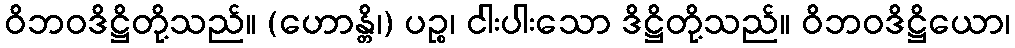
ဝိဘဝဒိဋ္ဌိတို့သည်။ (ဟောန္တိ၊) ပဉ္စ၊ ငါးပါးသော ဒိဋ္ဌိတို့သည်။ ဝိဘဝဒိဋ္ဌိယော၊